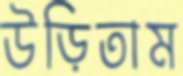
উড়িতাম